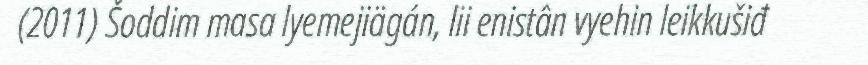
(2011) Šoddim masa lyemejiägán, lii enistân vyehin leikkušiđ